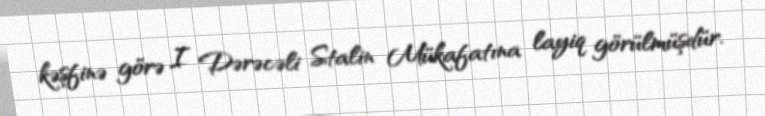
kəşfinə görə I Dərəcəli Stalin Mükafatına layiq görülmüşdür.